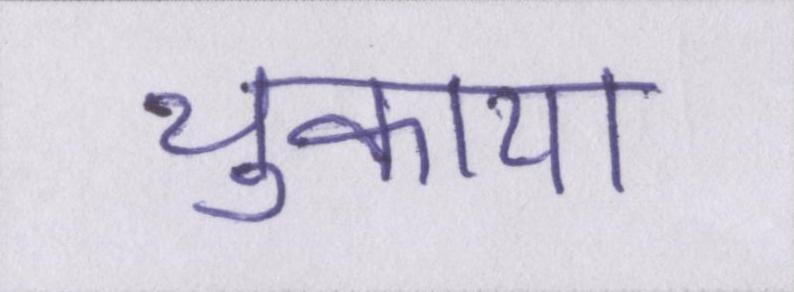
चुकाया